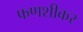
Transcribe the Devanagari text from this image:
फणशीकर